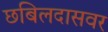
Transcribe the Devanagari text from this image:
छबिलदासवर